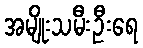
အမျိုးသမီးဦးရေ